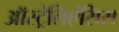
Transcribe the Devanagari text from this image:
ऑस्ट्रेलिएंसिस